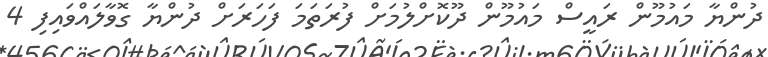
ދުންޔާ މައުމޫން ރައީސް މައުމޫން ދޫކޮށްލުމަށް ފުރަތަމަ ފަހަރަށް ދުންޔާ ގޮވާލައްވައިފި 4